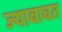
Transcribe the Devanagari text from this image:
ज्याबाबत